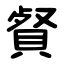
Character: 䝳